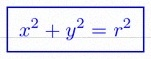
x^2+y^2=r^2